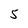
Character: 5